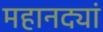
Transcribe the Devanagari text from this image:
महानद्यां